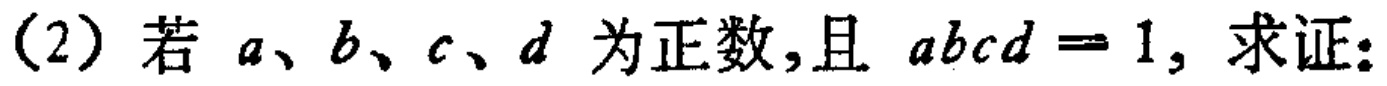
(2) 若 \(a、b、c、d\) 为正数，且 \(abcd = 1\)，求证：